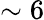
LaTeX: \sim 6